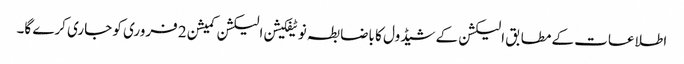
اطلاعات کے مطابق الیکشن کے شیڈول کا باضابطہ نوٹیفکیشن الیکشن کمیشن 2 فروری کو جاری کرے گا۔